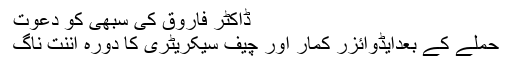
ڈاکٹر فاروق کی سبھی کو دعوت
حملے کے بعدایڈوائزر کمار اور چیف سیکریٹری کا دورہ اننت ناگ